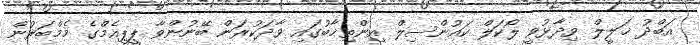
އަބްދު ޚަލީލް ވިދާޅުވީ ލޯކަލް ކައުންސިލް އިންތިޚާބުގައި ވާދަކުރަން ބޭނުންވާ ޕީޕީއެމްގެ މެމްބަރުން